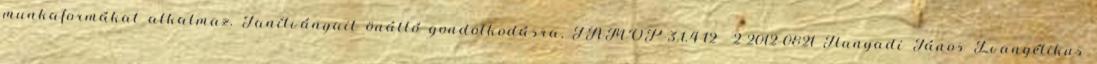
munkaformákat alkalmaz. Tanítványait önálló gondolkodásra, TÁMOP-3.1.4-12 2-2012-0821 Hunyadi János Evangélikus